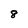
Character: 8